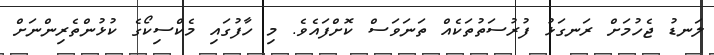
ލަނޑު ޖެހުމަށް ރަނގަޅު ފުރުސަތުތަކެއް ތަނަވަސް ކޮށްފައެވެ. މި ހާފުގައި މެކްސިކޯގެ ކުޅުންތެރިންނަށް